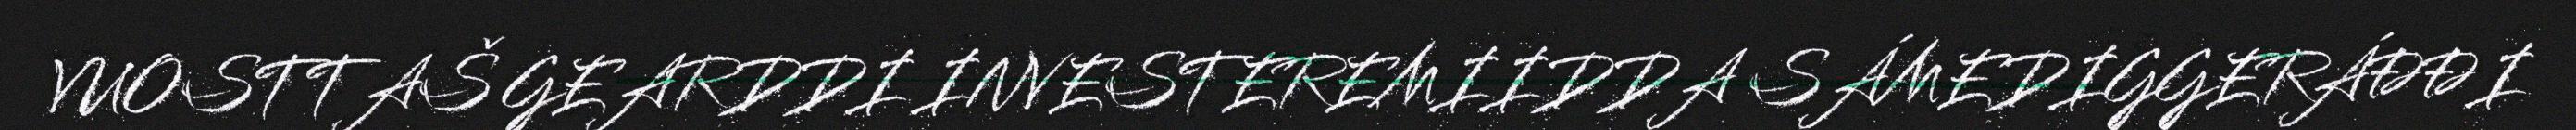
VUOSTTAŠ GEARDDI INVESTEREMIIDDA SÁMEDIGGERÁĐĐI